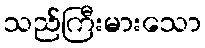
သည်ကြီးမားသော